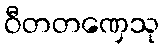
ဝီတတဏှေသု